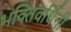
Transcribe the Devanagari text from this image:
भक्तिवर्धिनी